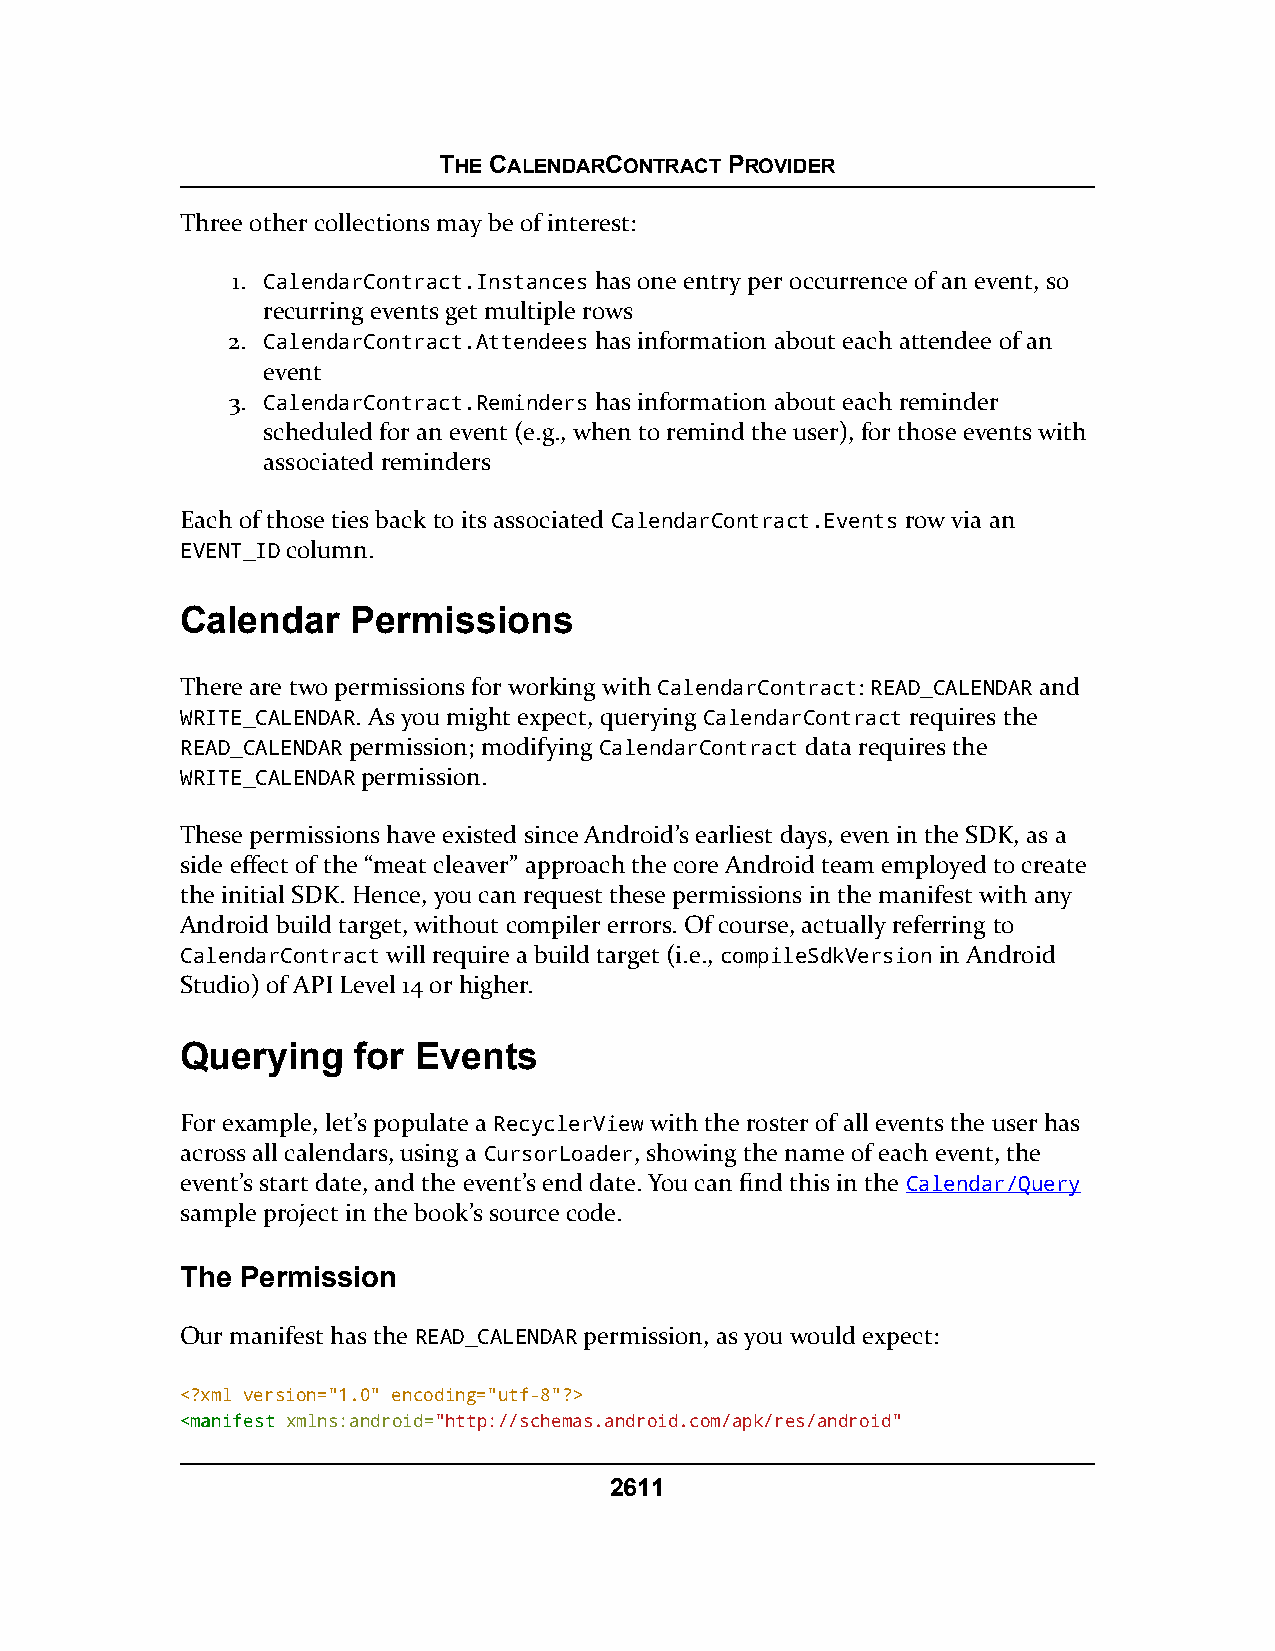
THE CALENDARCONTRACT PROVIDER
 Three other collections may be of interest:
 1. CalendarContract.Instances has one entry per occurrence of an event, so
 recurring events get multiple rows
 2. CalendarContract.Attendees has information about each attendee of an
 event
 3. CalendarContract.Reminders has information about each reminder
 scheduled for an event (e.g., when to remind the user), for those events with
 associated reminders
 Each of those ties back to its associated CalendarContract.Events row via an
 EVENT_ID column.
 Calendar   Permissions
 There are two permissions for working with CalendarContract: READ_CALENDAR and
 WRITE_CALENDAR. As you might expect, querying CalendarContract requires the
 READ_CALENDAR permission; modifying CalendarContract data requires the
 WRITE_CALENDAR permission.
 These permissions have existed since Android’s earliest days, even in the SDK, as a
 side effect of the “meat cleaver” approach the core Android team employed to create
 the initial SDK. Hence, you can request these permissions in the manifest with any
 Android build target, without compiler errors. Of course, actually referring to
 CalendarContract will require a build target (i.e., compileSdkVersion in Android
 Studio) of API Level 14 or higher.
 Querying   for  Events
 For example, let’s populate a RecyclerView with the roster of all events the user has
 across all calendars, using a CursorLoader, showing the name of each event, the
 event’s start date, and the event’s end date. You can find this in the Calendar/Query
 sample project in the book’s source code.
 The Permission
 Our manifest has the READ_CALENDAR permission, as you would expect:
 <?xml version="1.0" encoding="utf-8"?>
 <<mmaanniiffeesstt xmlns:android="http://schemas.android.com/apk/res/android"
 2611